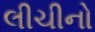
લીચીનો